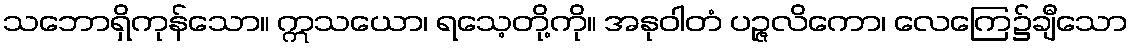
သဘောရှိကုန်သော။ ဣသယော၊ ရသေ့တို့ကို။ အနုဝါတံ ပဉ္ဇလိကော၊ လေကြေ၌ချီသော